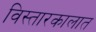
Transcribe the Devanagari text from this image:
विस्तारकालात